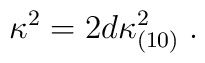
\kappa^2 = 2 d \kappa_{(10)}^2 \; .